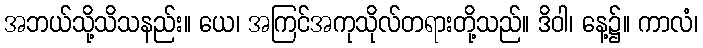
အဘယ်သို့သိသနည်း။ ယေ၊ အကြင်အကုသိုလ်တရားတို့သည်။ ဒိဝါ၊ နေ့၌။ ကာလံ၊